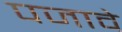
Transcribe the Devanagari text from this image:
पजावे